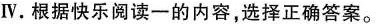
Ⅳ.根据快乐阅读一的内容,选择正确答案.